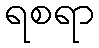
ရစရာ